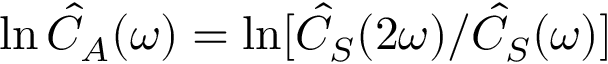
\ln \hat { C } _ { A } ( \omega ) = \ln [ \hat { C } _ { S } ( 2 \omega ) / \hat { C } _ { S } ( \omega ) ]